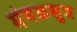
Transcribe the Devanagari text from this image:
मंगळसुत्र